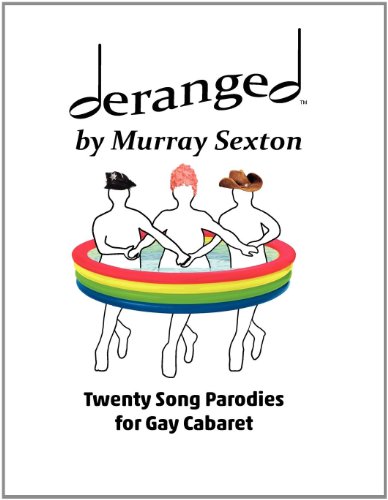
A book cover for Deranged by Murray Sexton: Twenty Song Parodies for Gay Cabaret; Murray Sexton; Humor & Entertainment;